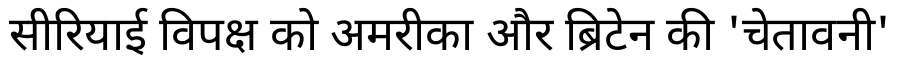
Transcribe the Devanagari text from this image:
सीरियाई विपक्ष को अमरीका और ब्रिटेन की 'चेतावनी'